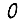
Digit: 0